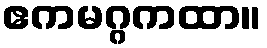
ဧကမဂ္ဂကထာ။